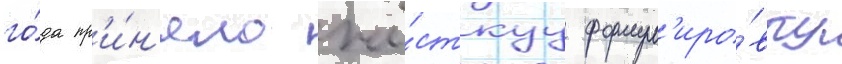
го́да пр'и́н'яло жё́сткуу формул'иро́вку